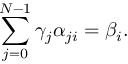
\sum _ { j = 0 } ^ { N - 1 } \gamma _ { j } \alpha _ { j i } = \beta _ { i } .